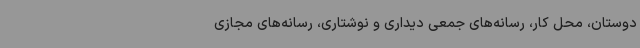
دوستان، محل کار، رسانه‌های جمعی دیداری و نوشتاری، رسانه‌های مجازی